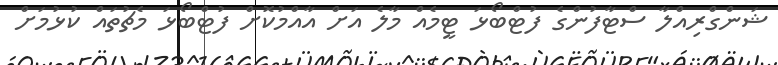
ޝަންގްރިއްލާ ސްޓާފުންގެ ފުޓްބޯޅަ ޓީމެއް މާލެ އަށް އާއްމުކޮށް ފުޓްބޯޅަ މެޗުތައް ކުޅުމަށް